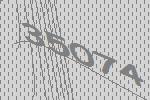
35074